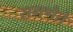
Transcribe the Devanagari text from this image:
समणैते